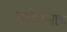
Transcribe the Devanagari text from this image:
लोथारला